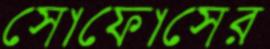
সোফোসের